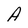
Character: A